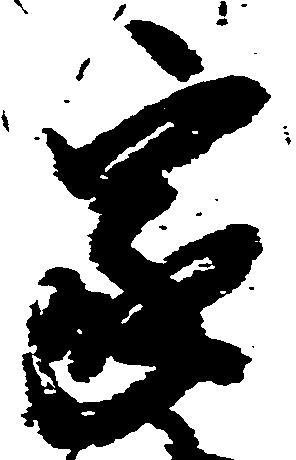
家